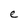
Character: e